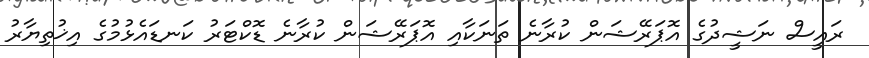
ރައީސް ނަޝީދުގެ އޮޕަރޭޝަން ކުރާނެ ތަނަކާއި އޮޕަރޭޝަން ކުރާނެ ޑޮކްޓަރު ކަނޑައެޅުމުގެ އިޚުތިޔާރު